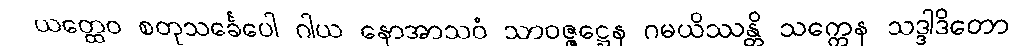
ယတ္ထေဝ စတုသင်္ခေပေါ ဂါယ နောအာသဝံ သာဝဇ္ဇဋ္ဌေန ဂမယိဿန္တိ သက္ကေန သဒ္ဒါဒိတော